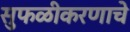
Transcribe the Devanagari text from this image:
सुफळीकरणाचे